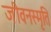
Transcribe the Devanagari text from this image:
जीवनस्मृति